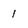
Character: l